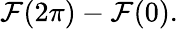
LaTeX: \mathcal{F}(2\pi)-\mathcal{F}(0).